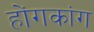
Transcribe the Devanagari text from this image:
होंगकांग